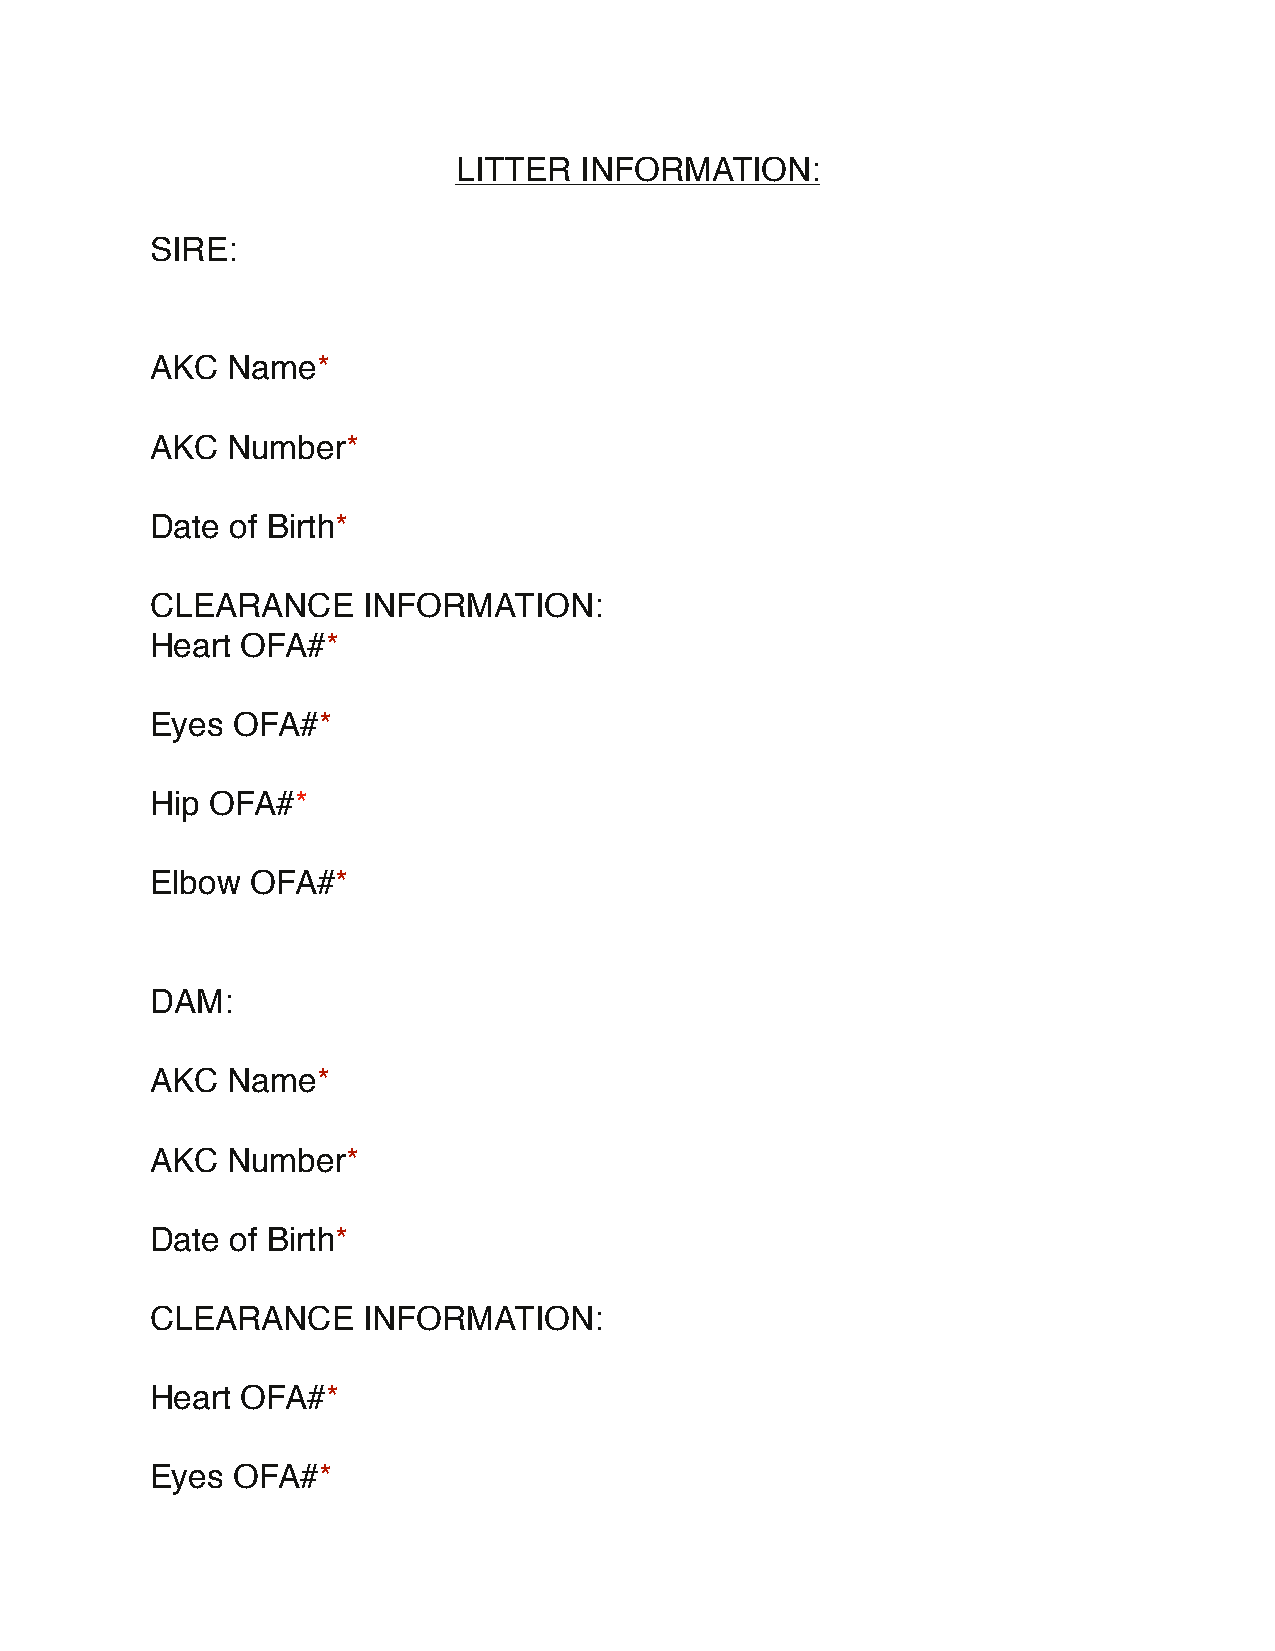
LITTER  INFORMATION:
 SIRE:
 AKC  Name*
 AKC  Number*
 Date of Birth*
 CLEARANCE     INFORMATION:
 Heart OFA#*
 Eyes OFA#*
 Hip OFA#*
 Elbow  OFA#*
 DAM:
 AKC  Name*
 AKC  Number*
 Date of Birth*
 CLEARANCE     INFORMATION:
 Heart OFA#*
 Eyes OFA#*